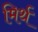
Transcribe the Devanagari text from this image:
मिर्थ